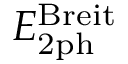
E _ { \mathrm { 2 p h } } ^ { \mathrm { B r e i t } }